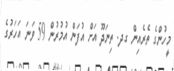
މީހުންގެ ތެރެއިން ގދ. ތިނަދޫ އަށް އުފަން އުމުރުން 59 ވަނަ އަހަރުގެ